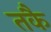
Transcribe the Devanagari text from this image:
तकै